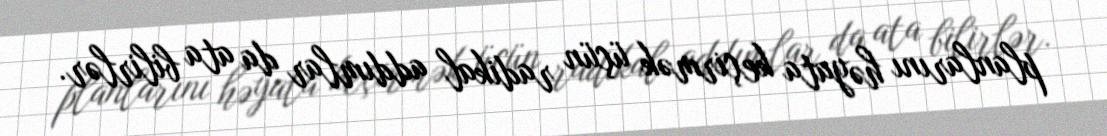
planlarını həyata keçirmək üçün radikal addımlar da ata bilirlər.